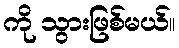
ကို သွားဖြစ်မယ်။